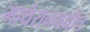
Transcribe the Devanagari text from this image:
माथेरानमधील